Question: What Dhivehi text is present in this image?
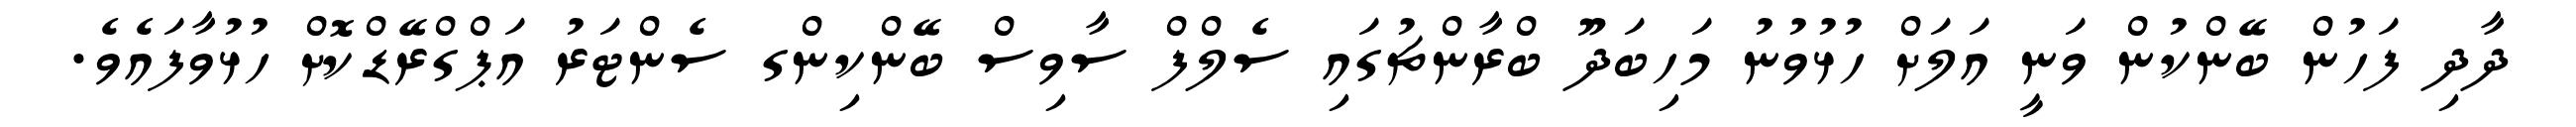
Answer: ދާދި ފަހުން ބޭންކުން ވަނީ އަލަށް ހުޅުވުނު މަހިބަދޫ ބްރާންޗުގައި ސެލްފް ސާވިސް ބޭންކިންގ ސެންޓަރު އަޕްގްރޭޑްކޮށް ހުޅުވާފައެވެ.